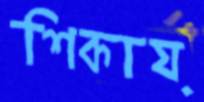
শিকায়